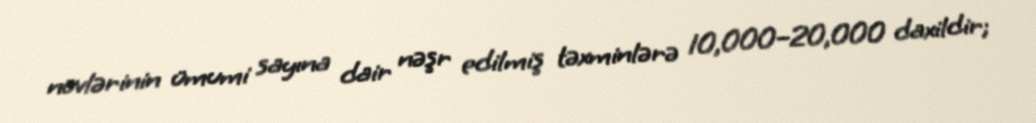
növlərinin ümumi sayına dair nəşr edilmiş təxminlərə 10,000–20,000 daxildir;